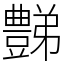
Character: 豑